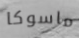
ماسوكا